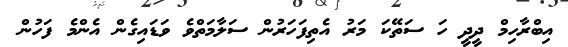
އިބްރާހިމް ދީދީ ހަ ސަތޭކަ މަރު އެތިފަހަރުން ސަލާމަތްވެ ވަޑައިގެން އެންމެ ފަހުން